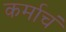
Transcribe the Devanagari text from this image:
कर्माचं